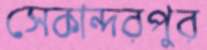
সেকান্দরপুর